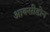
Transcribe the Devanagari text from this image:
आक्सीडोन